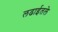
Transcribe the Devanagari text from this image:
लढाईतले